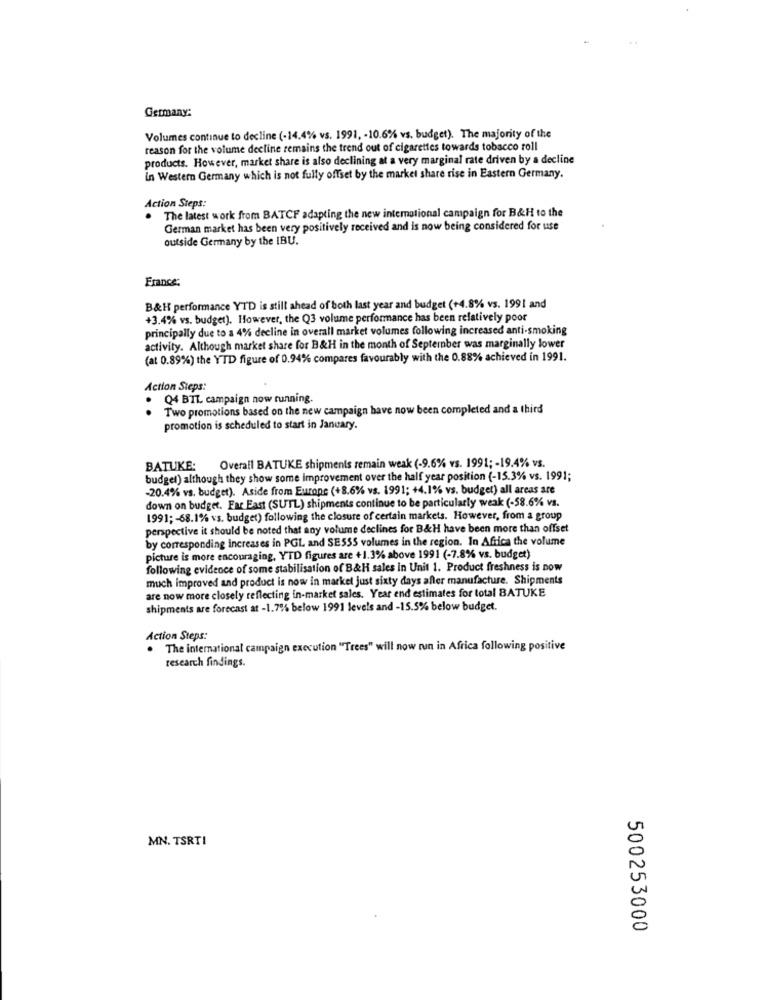
Germany:
Volumes continue to decline (-14.4% vs. 1991, - 10.6% vs. budget). The majority of the
reason for the volume decline remains the trend out of cigarettes towards tobacco roll
products. However, market share is also declining at a very marginal rate driven by a decline
in Western Germany which is not fully offset by the market share rise in Eastern Germany.
Action Steps:
The latest work from BATCF adapting the new international campaign for B&H to the
German market has been very positively received and is now being considered for use
outside Germany by the IBU.
France:
B&H performance YTD is still ahead of both last year and budget (+4.8% vs. 1991 and
+3.4% vs. budget). However, the Q3 volume performance has been relatively poor
principally due to a 4% decline in overall market volumes following increased anti-smoking
activity. Although market share for B&H in the month of September was marginally lower
(at 0.89%) the YTD figure of 0.94% compares favourably with the 0.88% achieved in 1991.
Action Steps:
Q4 BIL campaign now running.
Two promotions based on the new campaign have now been completed and a third
promotion is scheduled to start in January.
Overall BATUKE shipments remain weak (-9.6% vs. 1991; - 19.4% vs.
BATUKE:
budget) although they show some improvement over the half year position (-15.3% vs. 1991;
-20.4% vs. budget). Aside from Europe (+8.6% vs. 1991; +4.1% vs. budget) all areas are
down on budget. Far East (SUTL) shipments continue to be particularly weak (-58.6% vs.
1991; - 68.1% vs. budget) following the closure of certain markets. However, from a group
perspective it should be noted that any volume declines for B&H have been more than offset
by corresponding increases in PGL and SE555 volumes in the region. In Africa the volume
picture is more encouraging, YTD figures are +1.3% above 1991 (-7.8% vs. budget)
following evidence of some stabilisation of B&H sales in Unit 1. Product freshness is now
much improved and product is now in market just sixty days after manufacture. Shipments
are now more closely reflecting in-market sales. Year end estimates for total BATUKE
shipments are forecast at -1.7% below 1991 levels and -15.5% below budget.
Action Steps:
The international campaign execution "Trees" will now run in Africa following positive
research findings.
MN. TSRTI
500253000